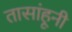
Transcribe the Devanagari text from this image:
तासांहूनी